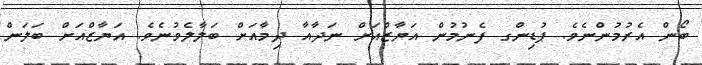
ބޯން އެރުމުންނެވެ. ޕުޑިންގ ފެނުމުން އަޔާޒްއަށް ނަދާއާ ދިމާއަށް ބަލާލެވުނެވެ. އަޔާޒްއަށް ބަލަން